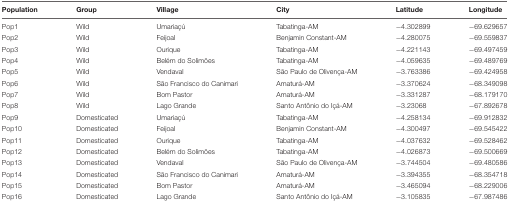
<table><thead><tr><td><b>Population</b></td><td><b>Group</b></td><td><b>Village</b></td><td><b>City</b></td><td><b>Latitude</b></td><td><b>Longitude</b></td></tr></thead><tbody><tr><td>Pop1</td><td>Wild</td><td>Umariaçú</td><td>Tabatinga-AM</td><td>–4.302899</td><td>–69.629657</td></tr><tr><td>Pop2</td><td>Wild</td><td>Feijoal</td><td>Benjamin Constant-AM</td><td>–4.280075</td><td>–69.559837</td></tr><tr><td>Pop3</td><td>Wild</td><td>Ourique</td><td>Tabatinga-AM</td><td>–4.221143</td><td>–69.497459</td></tr><tr><td>Pop4</td><td>Wild</td><td>Belém do Solimões</td><td>Tabatinga-AM</td><td>–4.059635</td><td>–69.489769</td></tr><tr><td>Pop5</td><td>Wild</td><td>Vendaval</td><td>São Paulo de Olivença-AM</td><td>–3.763386</td><td>–69.424958</td></tr><tr><td>Pop6</td><td>Wild</td><td>São Francisco do Canimari</td><td>Amaturá-AM</td><td>–3.370624</td><td>–68.349098</td></tr><tr><td>Pop7</td><td>Wild</td><td>Bom Pastor</td><td>Amaturá-AM</td><td>–3.331287</td><td>–68.179170</td></tr><tr><td>Pop8</td><td>Wild</td><td>Lago Grande</td><td>Santo Antônio do Içá-AM</td><td>–3.23068</td><td>–67.892678</td></tr><tr><td>Pop9</td><td>Domesticated</td><td>Umariaçú</td><td>Tabatinga-AM</td><td>–4.258134</td><td>–69.912832</td></tr><tr><td>Pop10</td><td>Domesticated</td><td>Feijoal</td><td>Benjamin Constant-AM</td><td>–4.300497</td><td>–69.545422</td></tr><tr><td>Pop11</td><td>Domesticated</td><td>Ourique</td><td>Tabatinga-AM</td><td>–4.037632</td><td>–69.528462</td></tr><tr><td>Pop12</td><td>Domesticated</td><td>Belém do Solimões</td><td>Tabatinga-AM</td><td>–4.026873</td><td>–69.500669</td></tr><tr><td>Pop13</td><td>Domesticated</td><td>Vendaval</td><td>São Paulo de Olivença-AM</td><td>–3.744504</td><td>–69.480586</td></tr><tr><td>Pop14</td><td>Domesticated</td><td>São Francisco do Canimari</td><td>Amaturá-AM</td><td>–3.394355</td><td>–68.354718</td></tr><tr><td>Pop15</td><td>Domesticated</td><td>Bom Pastor</td><td>Amaturá-AM</td><td>–3.465094</td><td>–68.229006</td></tr><tr><td>Pop16</td><td>Domesticated</td><td>Lago Grande</td><td>Santo Antônio do Içá-AM</td><td>–3.105835</td><td>–67.987486</td></tr></tbody></table>